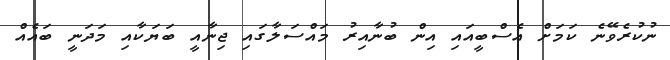
ނުކުރެވޭނެ ކަމަށް އެސްބީއައި އިން ބުނާއިރު މައްސަލާގައި ޖިނާއީ ބަޔަކާއި މަދަނީ ބައެއް